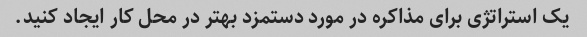
یک استراتژی برای مذاکره در مورد دستمزد بهتر در محل کار ایجاد کنید.